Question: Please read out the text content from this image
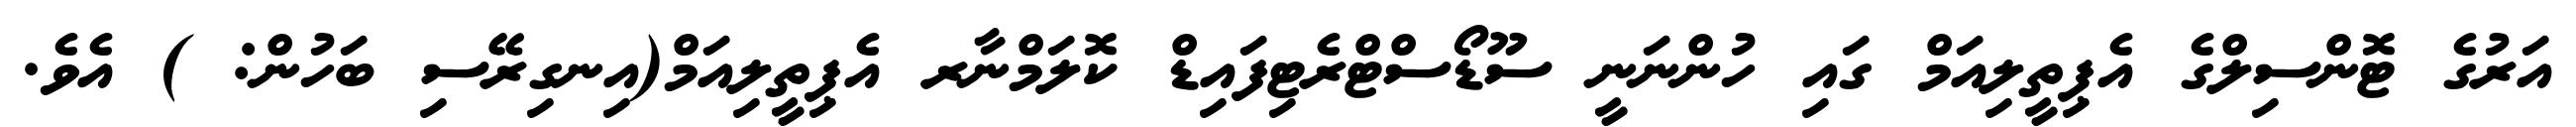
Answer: އަރުގެ ޓޮންސިލްގެ އެޕިތީލިއަމް ގައި ހުންނަނީ ސޫޑޯސްޓްރެޓިފައިޑް ކޮލަމްނާރ އެޕިތީލިއަމް(އިނގިރޭސި ބަހުން: ) އެވެ.